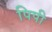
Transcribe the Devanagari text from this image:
पिपी